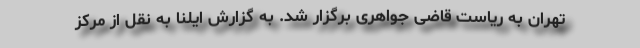
تهران به ریاست قاضی جواهری برگزار شد. به گزارش ایلنا به نقل از مرکز